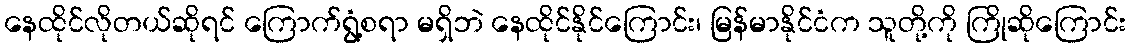
နေထိုင်လိုတယ်ဆိုရင် ကြောက်ရွံ့စရာ မရှိဘဲ နေထိုင်နိုင်ကြောင်း၊ မြန်မာနိုင်ငံက သူတို့ကို ကြိုဆိုကြောင်း